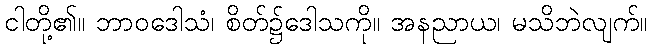
ငါတို့၏။ ဘာဝဒေါသံ၊ စိတ်၌ဒေါသကို။ အနညာယ၊ မသိဘဲလျက်။